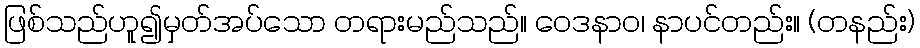
ဖြစ်သည်ဟူ၍မှတ်အပ်သော တရားမည်သည်။ ဝေဒနာဝ၊ နာပင်တည်း။ (တနည်း)